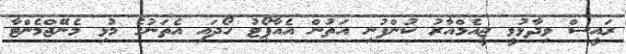
ރައީސް ވިދާޅުވީ ޖީއެމްއާރު ކުންފުނި އަތުން އެއާޕޯޓު ހޯދައި އެތަނުގެ މުޅި މެނޭޖްމެންޓާ